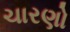
ચારણો